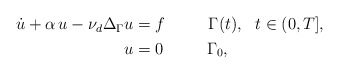
\begin{align*}\begin{aligned}\dot{u} + \alpha\, {u} -{\nu_d}\Delta_{\Gamma} {u}&=f\qquad~~\Gamma(t), ~~t\in (0,T],\\{u}&=0\qquad~~\Gamma_0,\end{aligned}\end{align*}